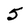
Character: 5